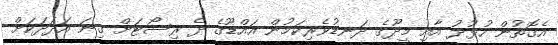
އެގޮތުން ހުޅުދު އާއި މީދޫގެ ދަނޑުވެރިކަމުން އައްޑޫގެ ދެ ރިސޯޓަށް ގިނަ އަދަދަކަށް